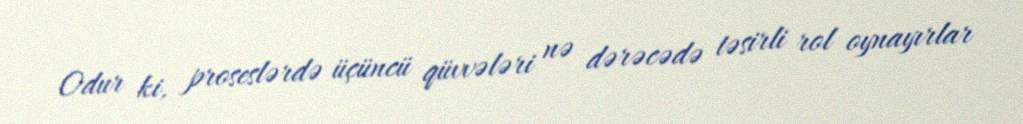
Odur ki, proseslərdə üçüncü qüvvələri nə dərəcədə təsirli rol oynayırlar